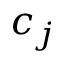
c _ { j }